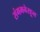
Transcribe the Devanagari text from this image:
संगमनेरहून